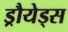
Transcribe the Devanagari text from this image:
ड्रौयेड्स